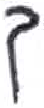
אות: ך